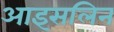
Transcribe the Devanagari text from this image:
आइसलिन